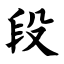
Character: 段